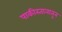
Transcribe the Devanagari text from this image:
पाकीस्तानातून